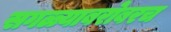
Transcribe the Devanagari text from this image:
सगळ्याबरोबरच